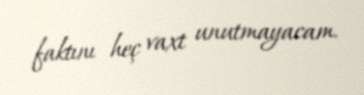
faktını heç vaxt unutmayacam.